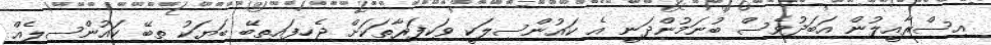
އިސްރާއީލުން އަބަދުވެސް ބުނަމުންދަނީ އެ ކައުންސިލަކީ ވަކިފަރާތަކަށް ޖެހިފައިތިބޭ ބަޔަކު ތިބޭ ކައުންސިލެއް